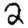
Digit: 2